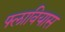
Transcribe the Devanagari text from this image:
फ्लावियास